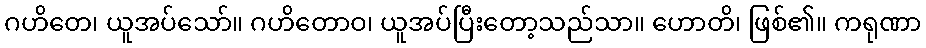
ဂဟိတေ၊ ယူအပ်သော်။ ဂဟိတောဝ၊ ယူအပ်ပြီးတော့သည်သာ။ ဟောတိ၊ ဖြစ်၏။ ကရုဏာ